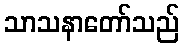
သာသနာတော်သည်